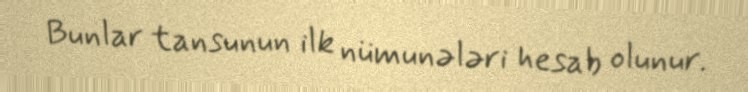
Bunlar tansunun ilk nümunələri hesab olunur.